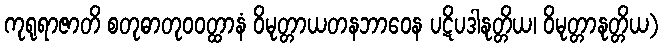
ကုရုရာဇာတိ စတုဓာတုဝဝတ္ထာနံ ဝိမုတ္တာယတနဘာဝေန ပဋိပဒါနုတ္တိယ၊ ဝိမုတ္တာနုတ္တိယ)